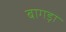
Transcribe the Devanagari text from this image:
बागड़ा